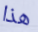
هذا